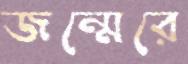
জন্মেরে